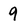
Character: 9